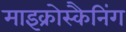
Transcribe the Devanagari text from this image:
माइक्रोस्कैनिंग